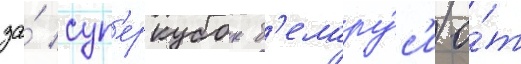
за́ суп'еркубок б'елару́с'и о́т